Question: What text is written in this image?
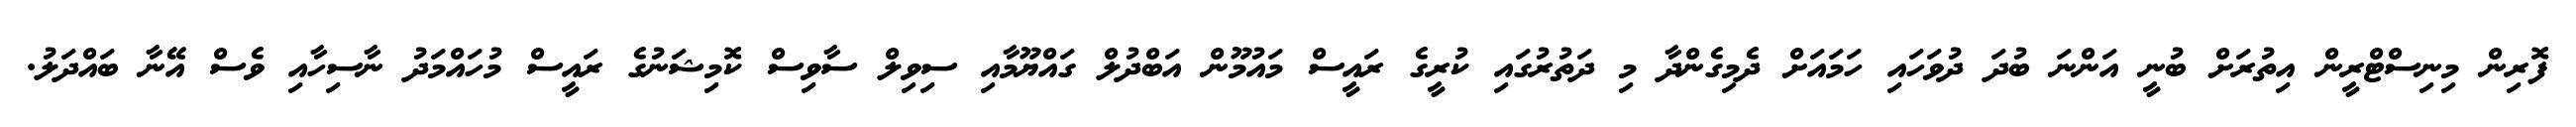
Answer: ފޮރިން މިނިސްޓްރީން އިތުރަށް ބުނީ އަންނަ ބުދަ ދުވަހައި ހަމައަށް ދެމިގެންދާ މި ދަތުރުގައި ކުރީގެ ރައީސް މައުމޫން އަބްދުލް ގައްޔޫމާއި ސިވިލް ސާވިސް ކޮމިޝަނުގެ ރައީސް މުހައްމަދު ނާސިހާއި ވެސް އޭނާ ބައްދަލު.